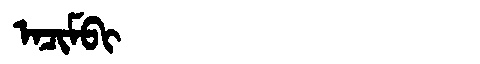
Manchu: ᠠᠴᡳᠮᠪᡳ
Romanization: ACIMBI